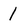
Character: 1